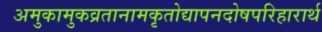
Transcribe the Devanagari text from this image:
अमुकामुकव्रतानामकृतोद्यापनदोषपरिहारार्थ